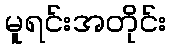
မူရင်းအတိုင်း